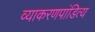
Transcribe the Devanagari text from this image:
व्याकरणपांडित्य